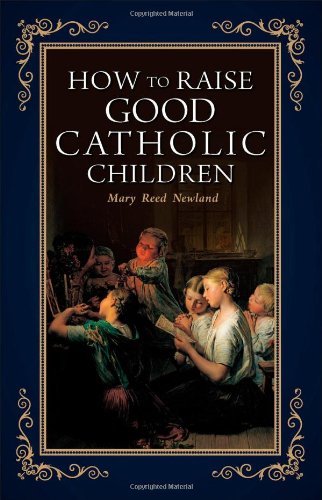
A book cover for How to Raise Good Catholic Children; Mary Reed Newland; Christian Books & Bibles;